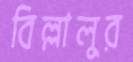
বিল্লালুর